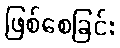
ဖြစ်စေခြင်း